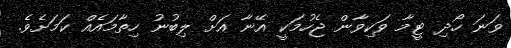
ވަނަ ހޯދި ޓީމާ ވަކިވާން ޖެހުމަކީ އޭނާ އަށް ލިބުނު ހިތާމައެއް ކަމަށެވެ.